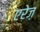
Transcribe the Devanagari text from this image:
एरेज़